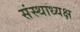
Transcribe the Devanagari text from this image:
संस्थाध्यक्ष